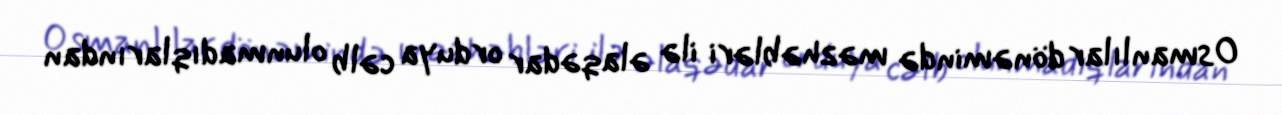
Osmanlılar dönəmində məzhəbləri ilə əlaqədar orduya cəlb olunmadıqlarından